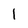
Character: 1